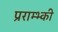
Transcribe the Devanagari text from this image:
प्रराम्भ्की